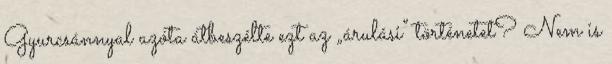
Gyurcsánnyal azóta átbeszélte ezt az „árulási” történetet? Nem is